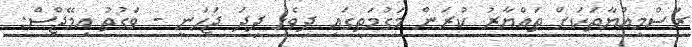
ރަސްމިއްޔާތަކަށް ތައްޔާރު ކުރަން މަގުމަތީގައި ދިވެހި ދިދަ ޖަހަނީ - ވަގުތު އިމޭޖްސް: